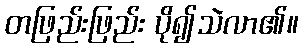
တဖြည်းဖြည်း ပို၍သဲလာ၏။